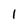
Character: 1